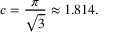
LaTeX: c = { \frac { \pi } { \sqrt { 3 } } } \approx 1 . 8 1 4 .